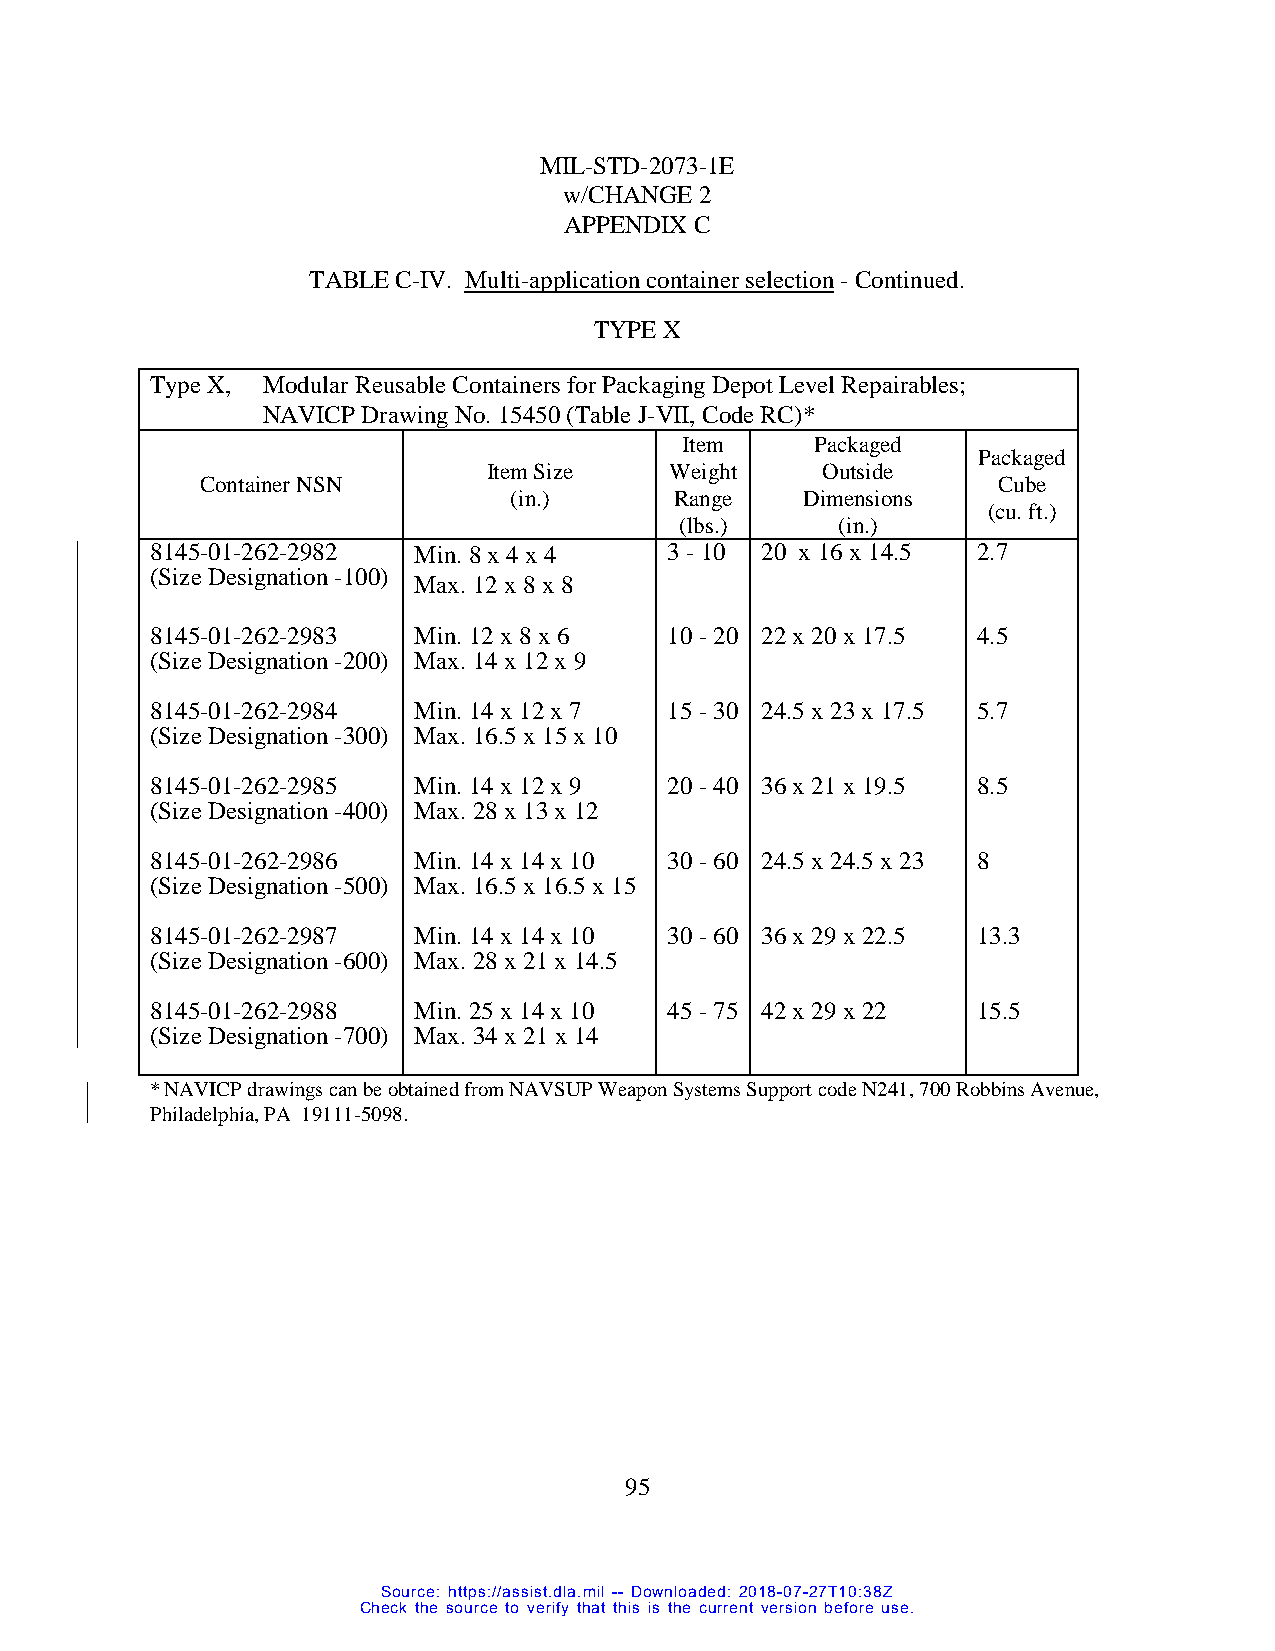
MIL-STD-2073-1E
 w/CHANGE 2
 APPENDIX C
 TABLE C-IV. Multi-application container selection - Continued.
 TYPE X
 Type X, Modular Reusable Containers for Packaging Depot Level Repairables;
 NAVICP Drawing No. 15450 (Table J-VII, Code RC)*
 Item     Packaged
 Packaged
 Item Size   Weight    Outside
 Container NSN                                        Cube
 (in.)      Range   Dimensions
 (cu. ft.)
 (lbs.)    (in.)
 8145-01-262-2982 Min. 8 x 4 x 4   3 - 10 20 x 16 x 14.5 2.7
 (Size Designation -100)
 Max. 12 x 8 x 8
 8145-01-262-2983 Min. 12 x 8 x 6  10 - 20 22 x 20 x 17.5 4.5
 (Size Designation -200) Max. 14 x 12 x 9
 8145-01-262-2984 Min. 14 x 12 x 7 15 - 30 24.5 x 23 x 17.5 5.7
 (Size Designation -300) Max. 16.5 x 15 x 10
 8145-01-262-2985 Min. 14 x 12 x 9 20 - 40 36 x 21 x 19.5 8.5
 (Size Designation -400) Max. 28 x 13 x 12
 8145-01-262-2986 Min. 14 x 14 x 10 30 - 60 24.5 x 24.5 x 23 8
 (Size Designation -500) Max. 16.5 x 16.5 x 15
 8145-01-262-2987 Min. 14 x 14 x 10 30 - 60 36 x 29 x 22.5 13.3
 (Size Designation -600) Max. 28 x 21 x 14.5
 8145-01-262-2988 Min. 25 x 14 x 10 45 - 75 42 x 29 x 22 15.5
 (Size Designation -700) Max. 34 x 21 x 14
 * NAVICP drawings can be obtained from NAVSUP Weapon Systems Support code N241, 700 Robbins Avenue,
 Philadelphia, PA 19111-5098.
 95
 Source: https://assist.dla.mil -- Downloaded: 2018-07-27T10:38Z
 Check the source to verify that this is the current version before use.